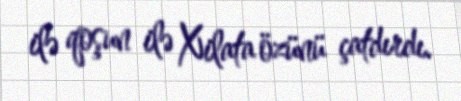
ilə qoşun ilə Xilata özünü çatdırdı.